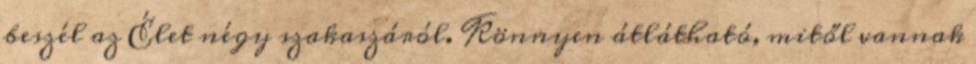
beszél az Élet négy szakaszáról. Könnyen átlátható, mitől vannak